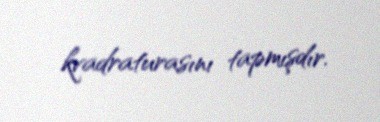
kvadraturasını tapmışdır.